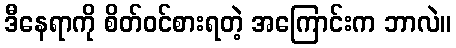
ဒီနေရာကို စိတ်ဝင်စားရတဲ့ အကြောင်းက ဘာလဲ။